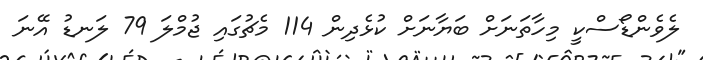
ލެވެންޑޯސްކީ މިހާތަނަށް ބަޔާނަށް ކުޅެދިން 114 މެޗުގައި ޖުމްލަ 79 ލަނޑު އޭނަ